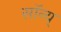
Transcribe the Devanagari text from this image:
सॉन्य्